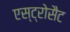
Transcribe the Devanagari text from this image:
एस्ट्रोसैट